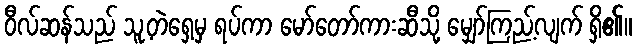
ဝီလ်ဆန်သည် သူ့တဲရှေ့မှ ရပ်ကာ မော်တော်ကားဆီသို့ မျှော်ကြည့်လျက် ရှိ၏။